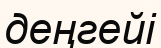
деңгейі